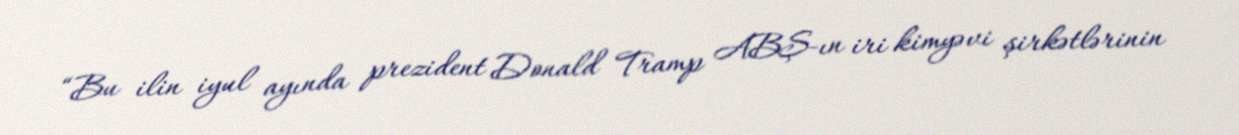
“Bu ilin iyul ayında prezident Donald Tramp ABŞ-ın iri kimyəvi şirkətlərinin